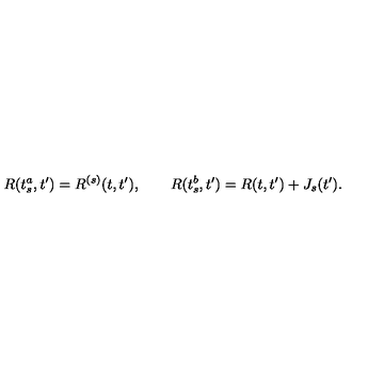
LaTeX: R ( t _ { s } ^ { a } , t ^ { \prime } ) = R ^ { ( s ) } ( t , t ^ { \prime } ) , \qquad R ( t _ { s } ^ { b } , t ^ { \prime } ) = R ( t , t ^ { \prime } ) + J _ { s } ( t ^ { \prime } ) .